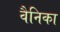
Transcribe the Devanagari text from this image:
वैनिका